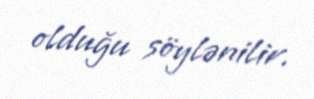
olduğu söylənilir.